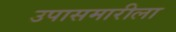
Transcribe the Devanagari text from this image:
उपासमारीला